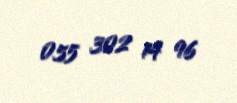
055 302 14 96